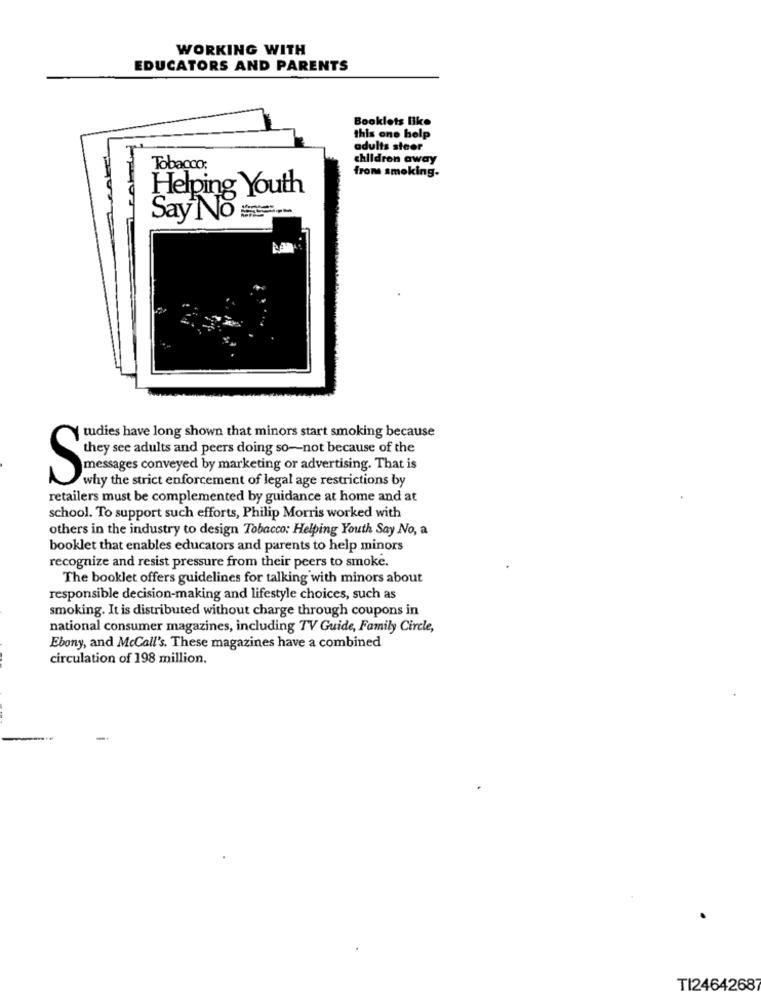
WORKING WITH
EDUCATORS AND PARENTS
Booklets like
this one help
adults steer
children away
Tobacco:
from smoking-
Helping Youth
Say No
Y tudies have long shown that minors start smoking because
they see adults and peers doing so-not because of the
messages conveyed by marketing or advertising. That is
S
why the strict enforcement of legal age restrictions by
retailers must be complemented by guidance at home and at
school. To support such efforts, Philip Morris worked with
others in the industry to design Tobacco: Helping Youth Say No, a
booklet that enables educators and parents to help minors
recognize and resist pressure from their peers to smoke.
The booklet offers guidelines for talking with minors about
responsible decision-making and lifestyle choices, such as
smoking. It is distributed without charge through coupons in
national consumer magazines, including TV Guide, Family Circle,
Ebony, and McCall's. These magazines have a combined
circulation of 198 million.
TI2464268